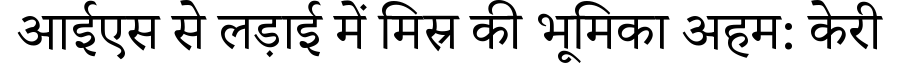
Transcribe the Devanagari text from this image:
आईएस से लड़ाई में मिस्र की भूमिका अहम: केरी